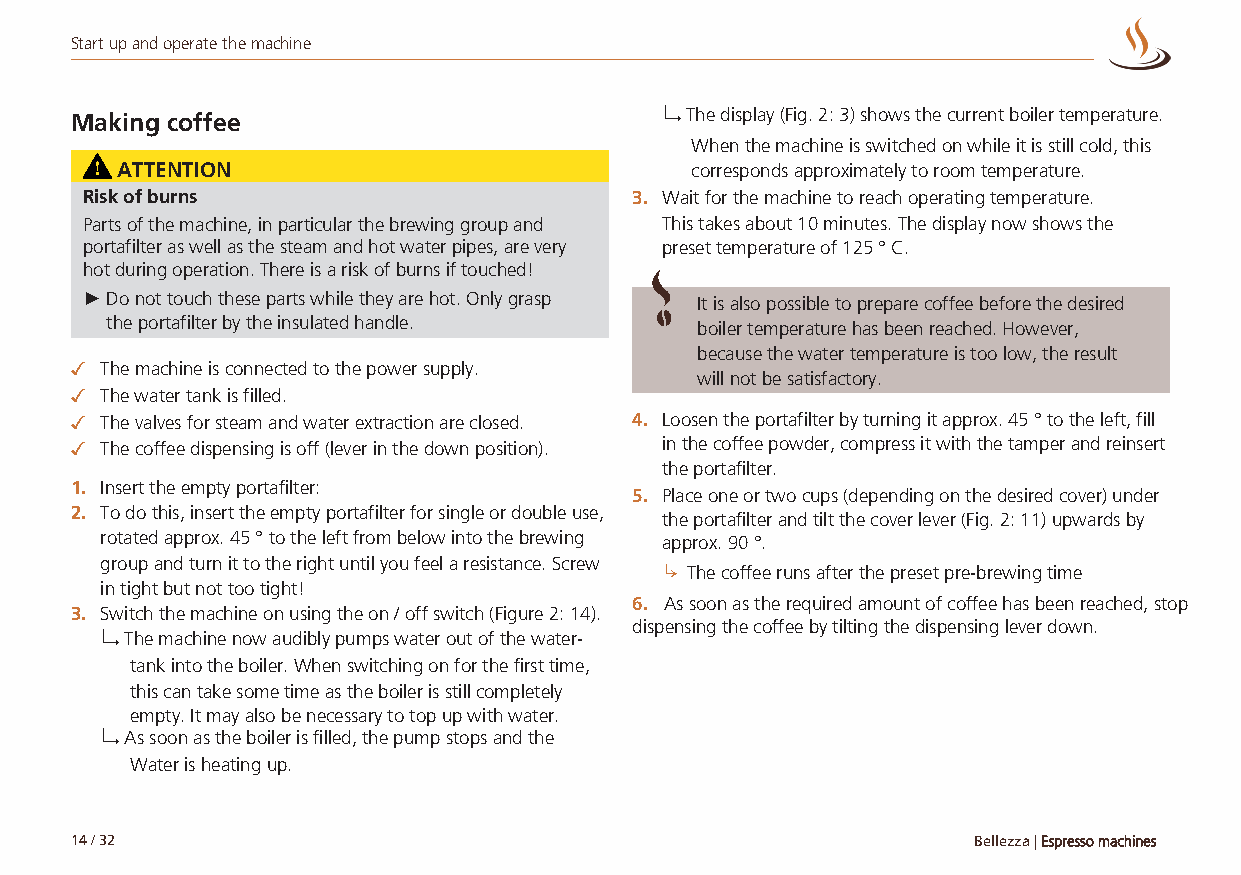
Start up and operate the machine
 Making coffee                          ↳ The display (Fig. 2: 3) shows the current boiler temperature.
 When the machine is switched on while it is still cold, this
 ATTENTION                             corresponds approximately to room temperature.
 Risk of burns                        3. Wait for the machine to reach operating temperature.
 Parts of the machine, in particular the brewing group and This takes about 10 minutes. The display now shows the
 portafilter as well as the steam and hot water pipes, are very preset temperature of 125 ° C.
 hot during operation. There is a risk of burns if touched!
 ►Do not touch these parts while they are hot. Only grasp It is also possible to prepare coffee before the desired
 the portafilter by the insulated handle.
 boiler temperature has been reached. However,
 because the water temperature is too low, the result
 ✓ The machine is connected to the power supply.
 will not be satisfactory.
 ✓ The water tank is filled.
 ✓ The valves for steam and water extraction are closed. 4. Loosen the portafilter by turning it approx. 45 ° to the left, fill
 ✓ The coffee dispensing is off (lever in the down position). in the coffee powder, compress it with the tamper and reinsert
 the portafilter.
 1. Insert the empty portafilter:
 5. Place one or two cups (depending on the desired cover) under
 2. To do this, insert the empty portafilter for single or double use,
 the portafilter and tilt the cover lever (Fig. 2: 11) upwards by
 rotated approx. 45 ° to the left from below into the brewing approx. 90 °.
 group and turn it to the right until you feel a resistance. Screw
 ↳ The coffee runs after the preset pre-brewing time
 in tight but not too tight!
 6. As soon as the required amount of coffee has been reached, stop
 3. Switch the machine on using the on / off switch (Figure 2: 14).
 dispensing the coffee by tilting the dispensing lever down.
 ↳ The machine now audibly pumps water out of the water-
 tank into the boiler. When switching on for the first time,
 this can take some time as the boiler is still completely
 empty. It may also be necessary to top up with water.
 ↳ As soon as the boiler is filled, the pump stops and the
 Water is heating up.
 14 / 32                                                    Bellezza | Espresso machines